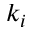
k _ { i }